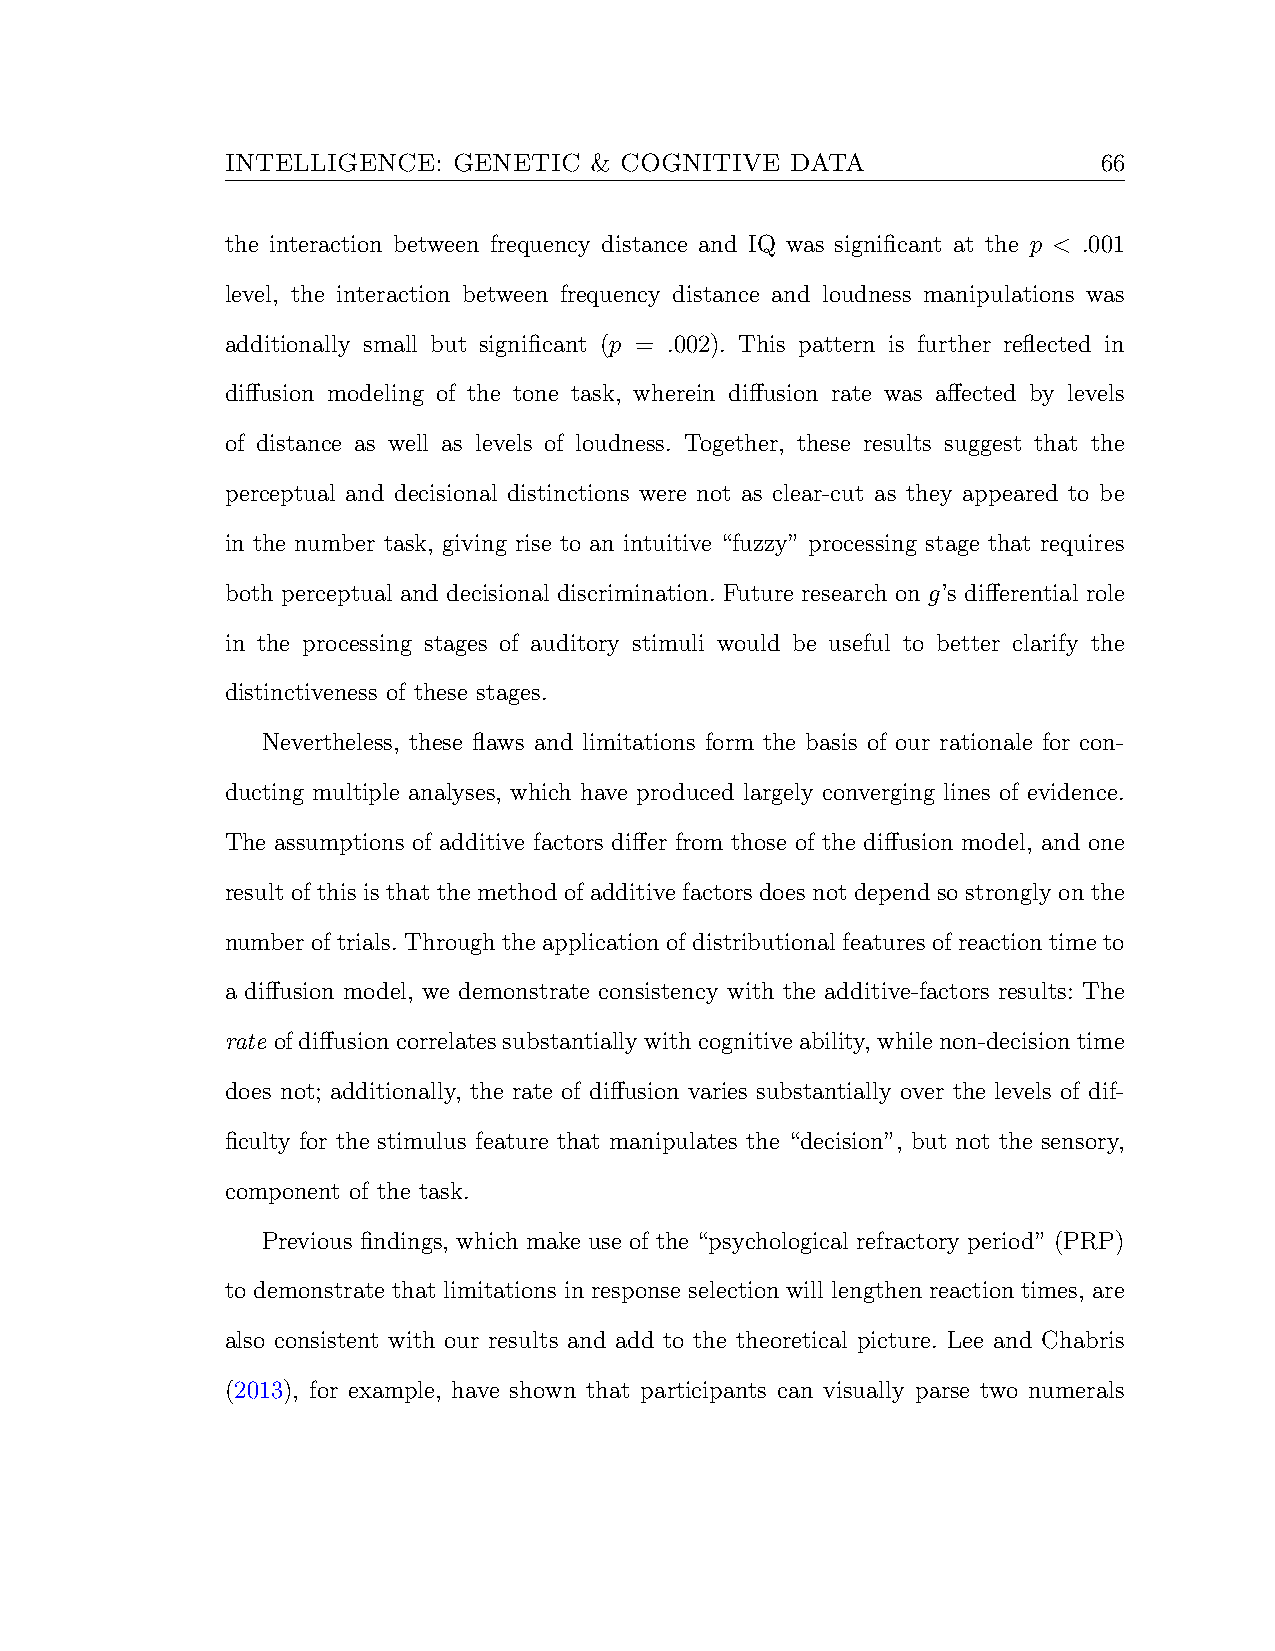
INTELLIGENCE:  GENETIC  & COGNITIVE  DATA                 66
 the interaction between frequency distance and IQ was significant at the p < .001
 level, the interaction between frequency distance and loudness manipulations was
 additionally small but significant (p = .002). This pattern is further reflected in
 diffusion modeling of the tone task, wherein diffusion rate was affected by levels
 of distance as well as levels of loudness. Together, these results suggest that the
 perceptual and decisional distinctions were not as clear-cut as they appeared to be
 in the number task, giving rise to an intuitive “fuzzy” processing stage that requires
 both perceptual and decisional discrimination. Future research on g’s differential role
 in the processing stages of auditory stimuli would be useful to better clarify the
 distinctiveness of these stages.
 Nevertheless, these flaws and limitations form the basis of our rationale for con-
 ducting multiple analyses, which have produced largely converging lines of evidence.
 The assumptions of additive factors differ from those of the diffusion model, and one
 result of this is that the method of additive factors does not depend so strongly on the
 numberoftrials.Throughtheapplicationofdistributionalfeaturesofreactiontimeto
 a diffusion model, we demonstrate consistency with the additive-factors results: The
 rate ofdiffusioncorrelatessubstantiallywithcognitiveability,whilenon-decisiontime
 does not; additionally, the rate of diffusion varies substantially over the levels of dif-
 ficulty for the stimulus feature that manipulates the “decision”, but not the sensory,
 component of the task.
 Previous findings, which make use of the “psychological refractory period” (PRP)
 to demonstrate that limitations in response selection will lengthen reaction times, are
 also consistent with our results and add to the theoretical picture. Lee and Chabris
 (2013), for example, have shown that participants can visually parse two numerals